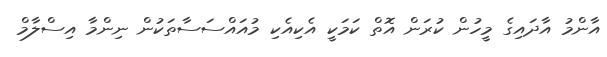
އާންމު އާދައިގެ މީހުން ކުރަން އޮތް ކަމަކީ އެކިއެކި މުއައްސަސާތަކުން ނިންމާ އިސްލާމް